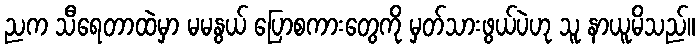
ညက သီရေတာထဲမှာ မမနွယ် ပြောစကားတွေကို မှတ်သားဖွယ်ပဲဟု သူ နာယူမိသည်။